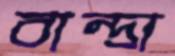
বান্দ্রা